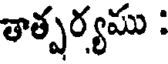
తాత్పర్యము :